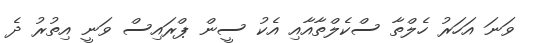
ވަނަ އަހަރު ހެލްތާ ސްކެލްތާއާއި އެކު ސީން ޕްރައިސް ވަނީ އިތުރު ދެ